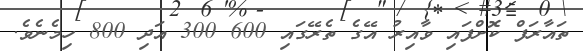
ތައާރަފް ކޮށްފައި ވާއިރު އޭގެ ތެރޭގައި 600 300 އަދި 800 ހިމެނެވެ.